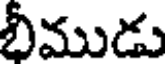
భీముడు